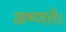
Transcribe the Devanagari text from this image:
अष्णते।